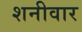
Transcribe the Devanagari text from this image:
शनीवार